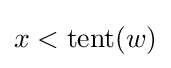
x<\operatorname {tent} (w)